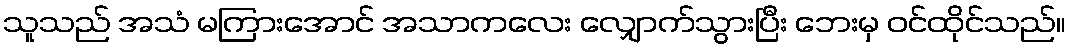
သူသည် အသံ မကြားအောင် အသာကလေး လျှောက်သွားပြီး ဘေးမှ ဝင်ထိုင်သည်။